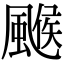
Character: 𩘋